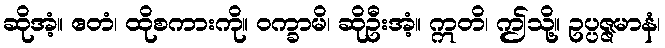
ဆိုအံ့။ ဧတံ၊ ထိုစကားကို။ ဝက္ခာမိ၊ ဆိုဦးအံ့။ ဣတိ၊ ဤသို့။ ဥပ္ပဇ္ဇမာနံ၊